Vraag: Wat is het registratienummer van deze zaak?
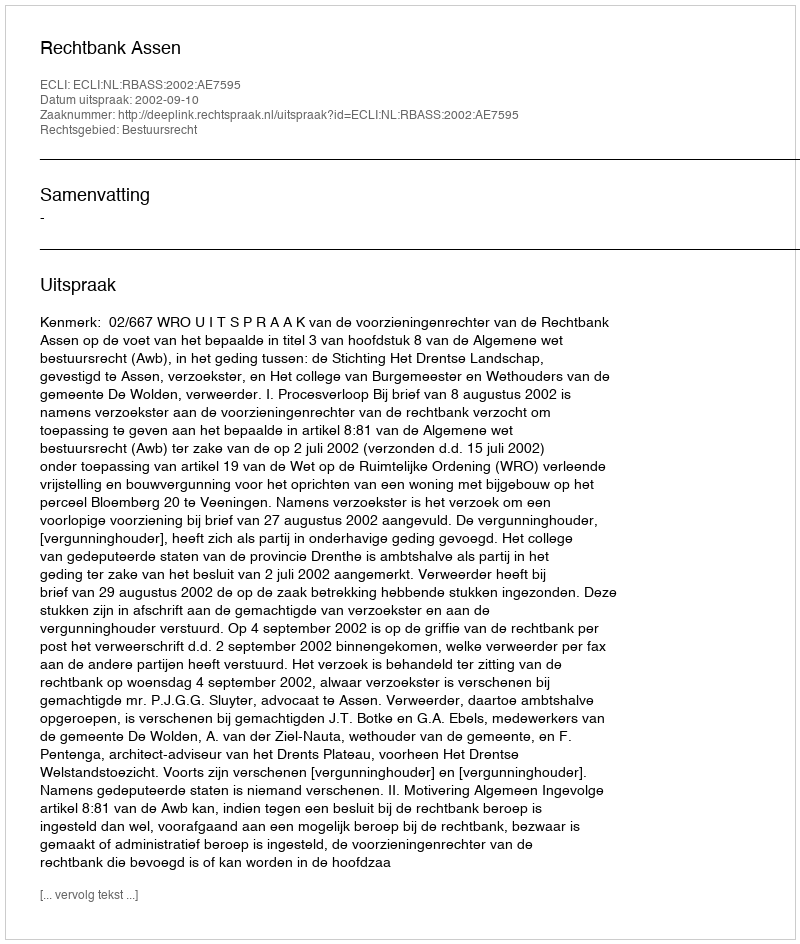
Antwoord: http://deeplink.rechtspraak.nl/uitspraak?id=ECLI:NL:RBASS:2002:AE7595